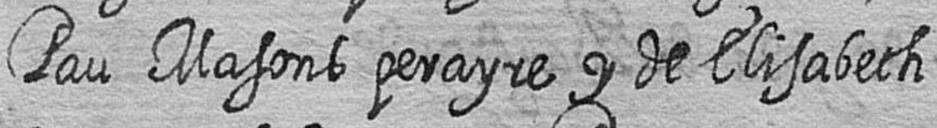
Pau Masons perayre y de Elisabeth